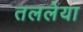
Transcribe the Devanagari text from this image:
तललेया